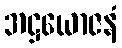
အဋ္ဌယောဇနံ